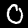
Label: 0